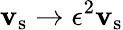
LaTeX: \mathbf{v}_{\mathrm{{s}}}\rightarrow\epsilon^{2}\mathbf{v}_{\mathrm{{s}}}